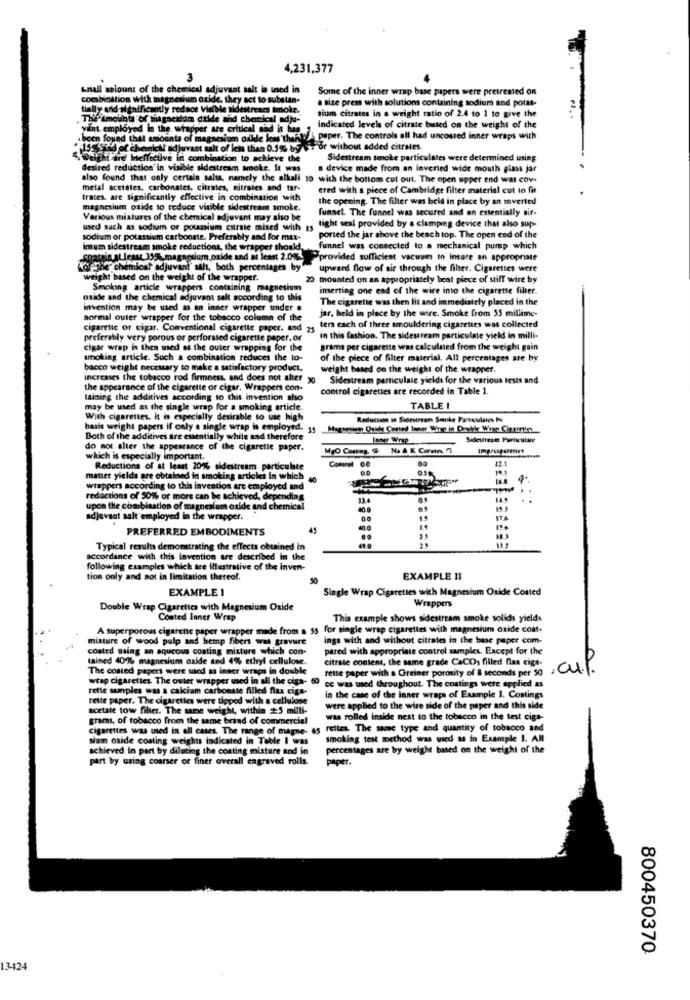
4,231,377
knall salount of the chemical adjuvant sait in used in
Some of the inner wrap base pupers were pretreated on
combination with magnesium oxide, they act to substan-
a size press with solutions containing sodium and potas-
tially aid algaificantly rednoe Visible sidestrears smoke.
sium citrates in a weight ratio of 2.4 to 1 to give the
he amounts of magacalda dilde and chanical adja-
Int employed in the wrapper are critical and it has
Indicated levels of citrate based on the weight of the
been found that amounts of magnesium odkde kis'than!
paper. The controls all had uncosted inner wraps with
15% Rad of chemical adjuvant salt of less than 0.5% by$it or without added citrates.
welchthird Ineffective in combination to achieve the
Sidestream smoke particulates were determined using
desired reduction'in visible sidestream smoke. It was
a device made from an inverted wide mouth glass jar
also found that only certain salts, namely the alkali 10 with the bottom cut out. The open upper end was cov-
melal acetales. carbonates, citraies, nitrates and tar-
ered with a piece of Cambridge filter material cut to fut
trates, are significantly effective in combination with
the opening. The filter was beid in place by an mverted
magnesium oxide to reduce visible sidestream smoke.
funnel The funnel was secured and an essentially air-
Various miatures of the chemical adjuvant may also be
used such as sodium or potassium citrate mixed with 15
tight seal provided by s clampmg device that also sup-
sodium or potassium carbonate. Preferably and for mar-
ported the jar above the bench top. The open end of the
imum sidestream smoke reductions, the
pper should
funnel was connected to a mechanical pump which
Least 35%,magnesium oxide and at least 2.0%%. "provided sufficient vacuum In insure an appropriate
"of The" chemical adjuvant" salt, both percentages by"
upward flow of air through the filter. Cigarettes were
weight based on the weight of the wrapper.
20 mounted on an appropriately bent piece of stiff wire by
Smoking article wrappers containing magnesiom
inserting one end of the wire into the cigarette fiber.
oxide and the chemical adjuvant salt according to this
The cigarette was then Iit and immediately placed in the
invention may be used as an inner wrapper under .
jar, held in place by the wire. Smoke from 55 millime-
normal outer wrapper for the tobacco column of the
cigarette of cigar. Conventional cigarette paper. and
ters each of three smouldering cigarettes was collected
preferably very porous or perforated cigarette paper, or
in this fashion. The sidesream particulate yield in milli-
cigar wrap is then med as the outer wrapping for the
grams per cigarette was calculated from the weight gain
smoking article. Such a combination reduces the to-
of the piece of filter material. All percentages are by
bacco weight necessary to make a satisfactory product.
weight based on the weight of the wrapper.
increases the tobacco rod firmness, and does not alter 30
Sidestream particulate yields for the various tests and
the appearance of the cigarette or cigar. Wrappers con-
control cigarettes are recorded in Table 1.
taining the additives according to this invention also
may be used as the single wrap for a smoking article.
TABLE I
With cigarettes, It is especially desirable to use high
Reducnon in Sidestream Smoke Fanoulanes Po
basis weight papers if only a single wrap is employed. 15
Magasin Quide Corted Inner Wrap in Drikke Wirer Ciramttrs
Both of the additives are essentially white and therefore
Las Wrap
Sidevreun Particulate
do not alter the appearance of the cigarette paper.
MgO Conting.
which is especially important.
00
22.1
Reductions of at least 20% sidestream particulate
matter yields are obtained in smoking articles in which
wrappers according to this invention are employed and
reductions of 50%
of 50% or more can be achieved, depending
13.4
: :
upon the combination of magnesium oxide and chemical
adjavsat salt employed in the wrapper.
15
PREFERRED EMBODIMENTS
45
..
29
23
Typical results demonstrating the effects obtained in
49.0
accordance with this invention are described in the
following examples which are illustrative of the inven-
tion only and not in limitation thereof.
EXAMPLE 11
EXAMPLE 1
Single Wrap Cigarettes with Magnesium Oxide Costed
Double Wrap Cigarettes with Magnesium Oxide
Wrappers
Coated Inner Wrap
This example shows sidestream smoke solids yields
A superporous cigarette paper wrapper made from a 55 for single wrap cigarettes with magnesium oxide coat.
mixture of wood pulp and hemp fibers was gravure
ings with and without citrates in the base paper com-
coated using an aqueous coating misture which con-
pared with appropriate control samples. Except for the
tained 40% magnesium oxide and 4% ethyl cellulose.
Citrate content, the same grade CaCO, filled flas cigs-
The costed papers were med as inner wraps in double
rette paper with a Greiner porosity of & seconds per 50
cup
wrap cigarettes. The outer wrapper used in all the ciga- 60
ce was used throughout. The coatings were applied as
retle samples was a calcium carbonate filled flax cigs-
rette paper. The cigarettes were tipped with a cellulose
in the case of the inner wraps of Example 1. Coatings
acetate tow filter. The same weight, within +5 milli-
were applied to the wire side of the paper and this side
grams, of tobacco from the same brand of commercial
was rolled inside next to the tobacco in the test ciga-
cigarettes was used in all cases. The range of magne- 65 rettes. The same type and quantity of tobacco and
sium oxide coating weights indicated in Table I was
smoking test method was used as io Example I. All
achieved in part by diluting the costing misture and in
percentages are by weight based on the weight of the
part by using coarser or finer overall engraved rolls.
paper.
800450370
13424